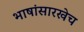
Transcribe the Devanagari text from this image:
भाषांसारखेच